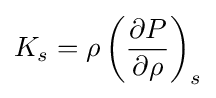
K_{s}=\rho \left({\frac {\partial P}{\partial \rho }}\right)_{s}